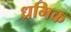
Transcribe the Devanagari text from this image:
ध्रमिक